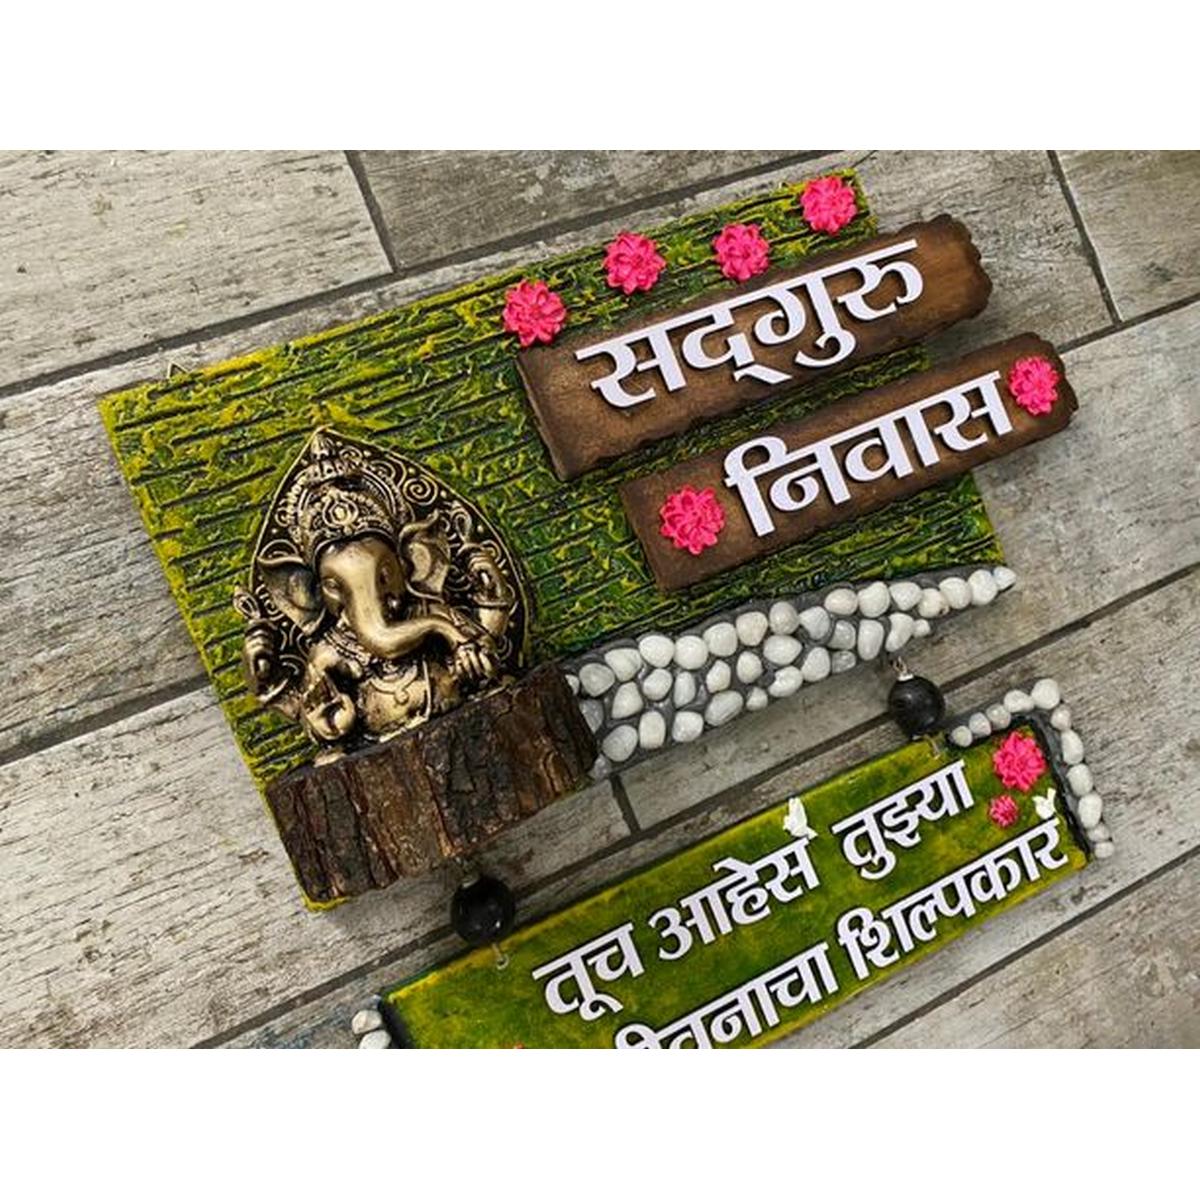
Language: marathi
Transcription: सदगुरू निवास तूच आहेस तुझ्या शिल्पकार